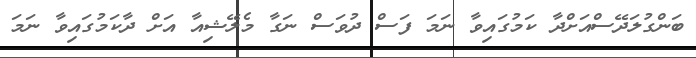
ބަންގުލަދޭސްއަށްދާ ކަމުގައިވާ ނަމަ ފަސް ދުވަސް ނަގާ މެލޭޝިއާ އަށް ދާކަމުގައިވާ ނަމަ